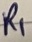
Text: R1